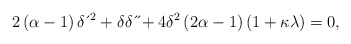
\begin{align*}2\left( \alpha-1\right) \delta \,\acute{}\,^{2}+\delta \delta \,\acute{}\,\acute{}+4\delta^{2}\left( 2\alpha-1\right) \left( 1+\kappa \lambda \right) =0,\end{align*}